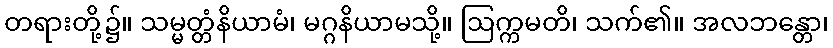
တရားတို့၌။ သမ္မတ္တံနိယာမံ၊ မဂ္ဂနိယာမသို့။ ဩက္ကမတိ၊ သက်၏။ အလဘန္တော၊